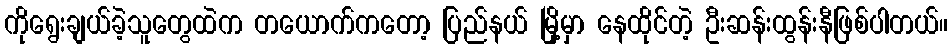
ကိုရွေးချယ်ခဲ့သူတွေထဲက တယောက်ကတော့ ပြည်နယ် မြို့မှာ နေထိုင်တဲ့ ဦးဆန်းထွန်းနီဖြစ်ပါတယ်။